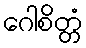
ဂေါစိတ္တံ